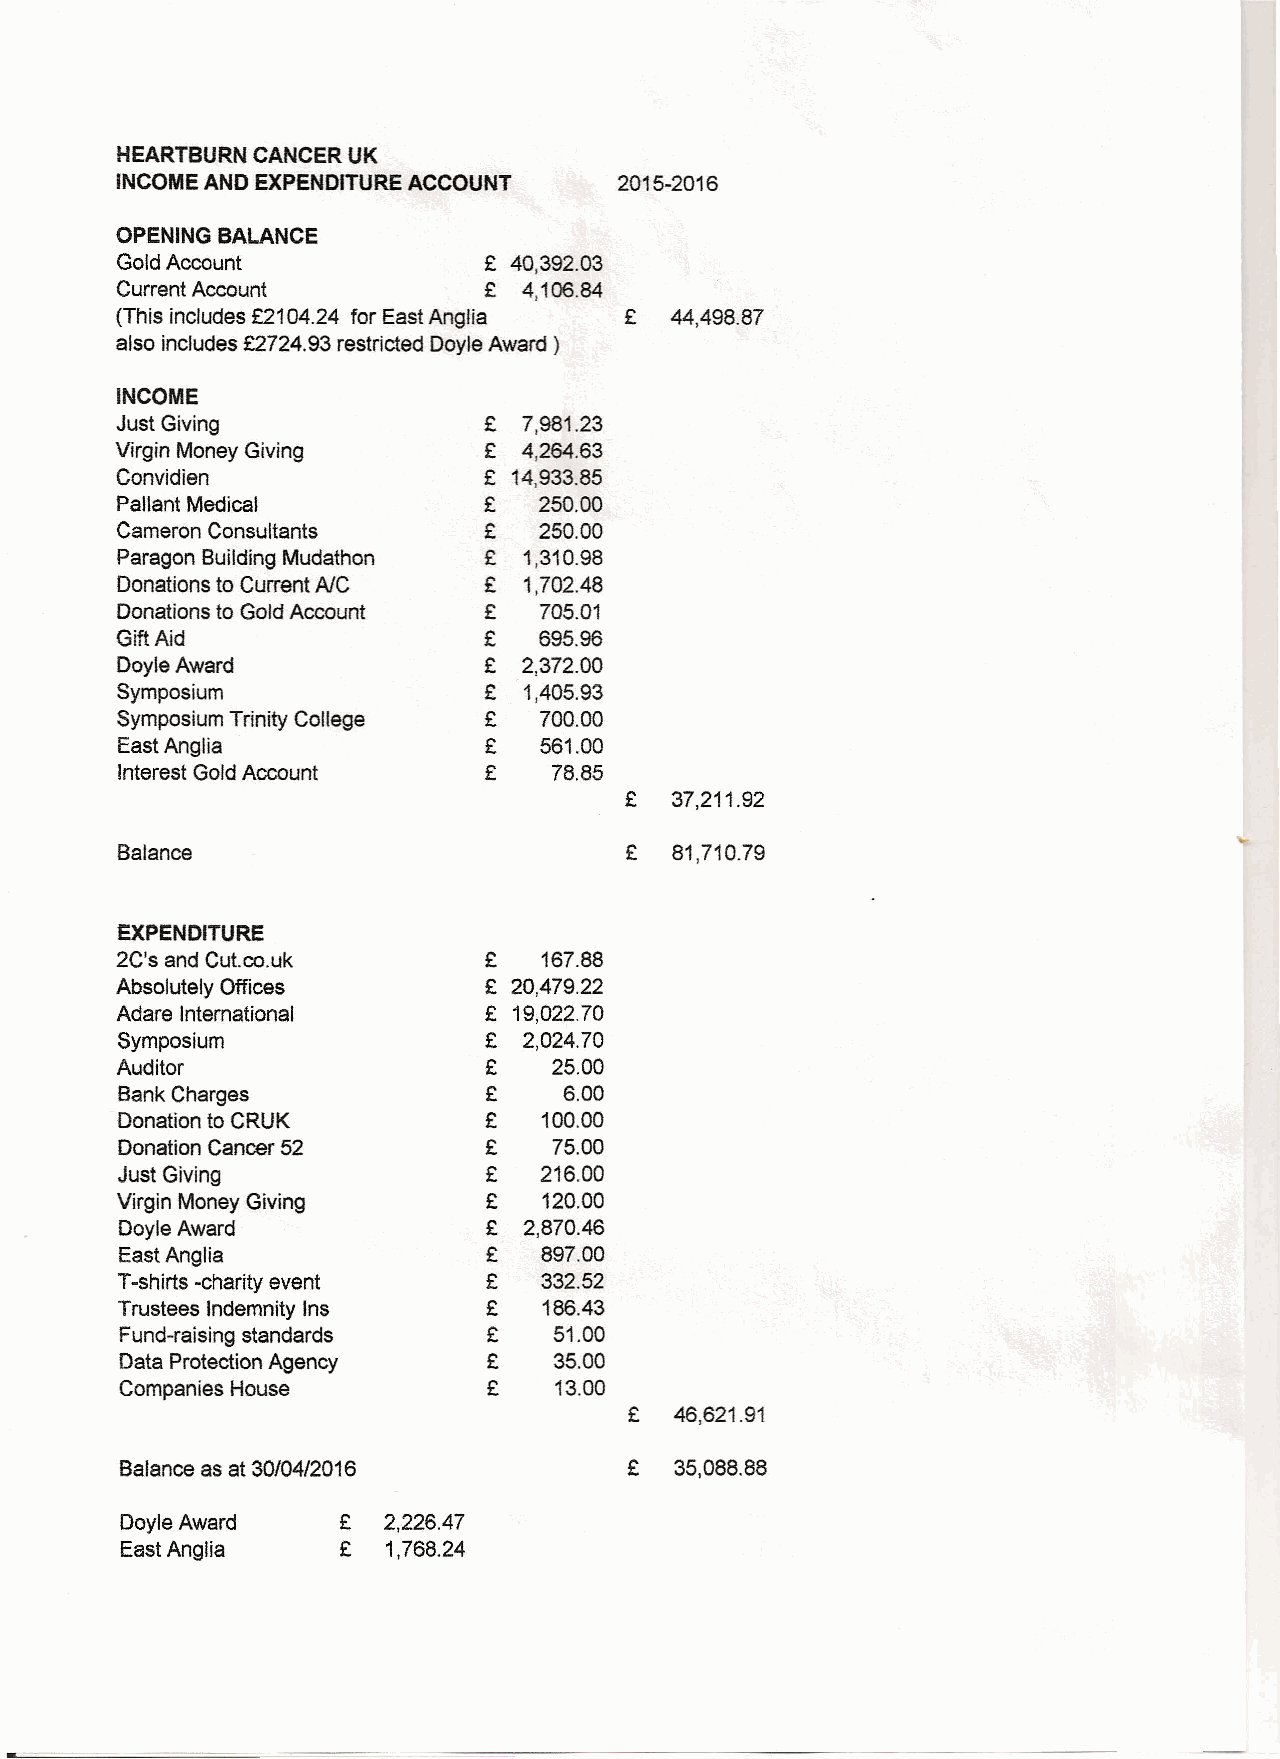
HEARTBURN CANCER UK
 INCOME AND EXPENDITURE ACCOUNT   2015-2016
 OPENING BALANCE
 Gold Account            £ 40,392.03
 Current Account         £  4,106.84
 (This includes £2104.24 for East Anglia £ 44,498.87
 also includes £2724.93 restricted Doyle Award)
 INCOME
 Just Giving             £  7,981.23
 Virgin Money Giving     £  4,264.63
 Convidien               £ 14,933.85
 Pallant Medical         £   250.00
 Cameron Consultants     £   250.00
 Paragon Building Mudathon £ 1,310.98
 Donations to Current AlC £ 1,702.48
 Donations to Gold Account £ 705.01
 Gift Aid                £   695.96
 DoyleAward              £  2,372.00
 Symposium               £  1,405.93
 Symposium Trinity College £ 700.00
 East Anglia             £   561.00
 Interest Gold Account   £    78.85
 £  37,211.92
 Balance                          £  81,710.79
 EXPENDITURE
 2C's and Cut.co.uk      £   167.88
 Absolutely Offices      £ 20,479.22
 Adare International     £ 19,022.70
 Symposium               £  2,024.70
 Auditor                 £    25.00
 Bank Charges            £    6.00
 Donation to CRUK        £   100.00
 Donation Cancer 52      £    75.00
 Just Giving             £   216.00
 Virgin Money Giving     £   120.00
 DoyleAward              £  2,870.46
 East Anglia             £   897.00
 T-shirts -charity event £   332.52
 Trustees Indemnity Ins  £   186.43
 Fund-raising standards  £    51.00
 Data Protection Agency  £    35.00
 Companies House         £    13.00
 £  46,621.91
 Balance as at 30/04/2016          £  35,088.88
 Doyle Award   £  2,226.47
 East Anglia    £  1,768.24